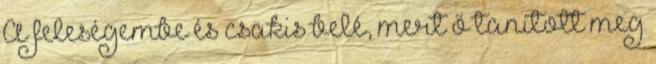
A feleségembe és csakis belé, mert ő tanított meg